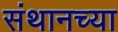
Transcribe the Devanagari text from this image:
संथानच्या